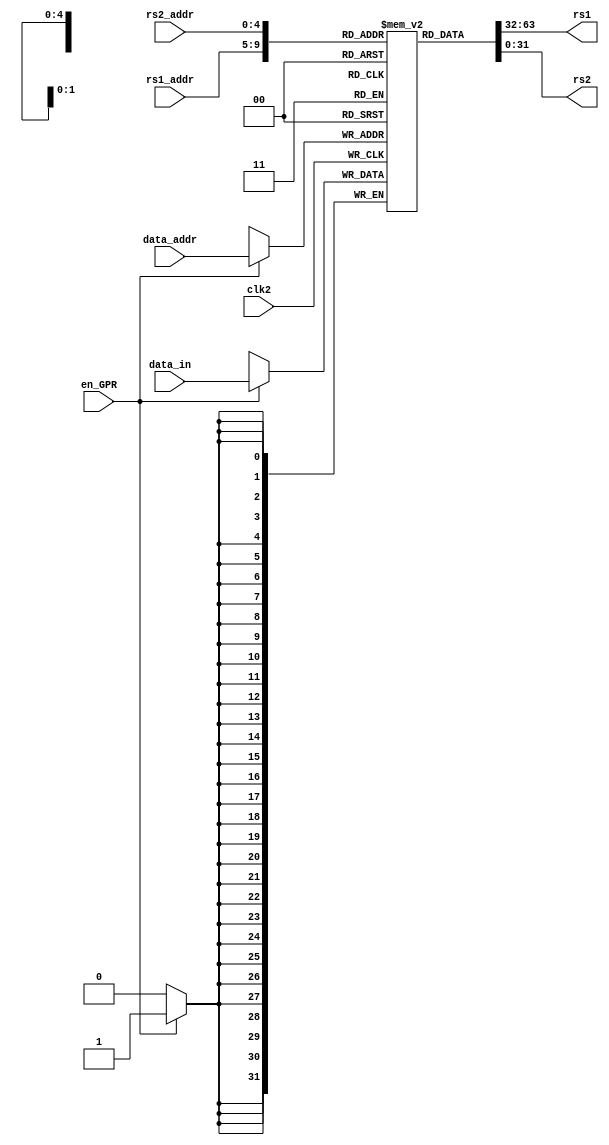
module GPR (clk2,rs1_addr,rs2_addr,rs1,rs2,data_in,data_addr,en_GPR);
input [4:0] rs1_addr,rs2_addr,data_addr;
input [31:0] data_in;
input en_GPR;
input clk2;
output [31:0] rs1, rs2;
reg [31:0] GPR [0:31];

integer i;
    initial begin
        for(i = 0; i <= 31; i = i + 1) begin
			GPR[i] = 0;
		end
    end

assign rs1= GPR[rs1_addr];
assign rs2= GPR[rs2_addr];


initial 
begin
GPR[0]=0;
GPR[1]=32'h00000001;
GPR[2]=32'h00000002;
GPR[3]=32'h00000005;

end


always @(negedge clk2)
begin
if(en_GPR)
GPR[data_addr]<=data_in;
end

endmodule